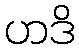
ဟဒိ